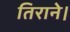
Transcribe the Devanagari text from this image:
तिराने।